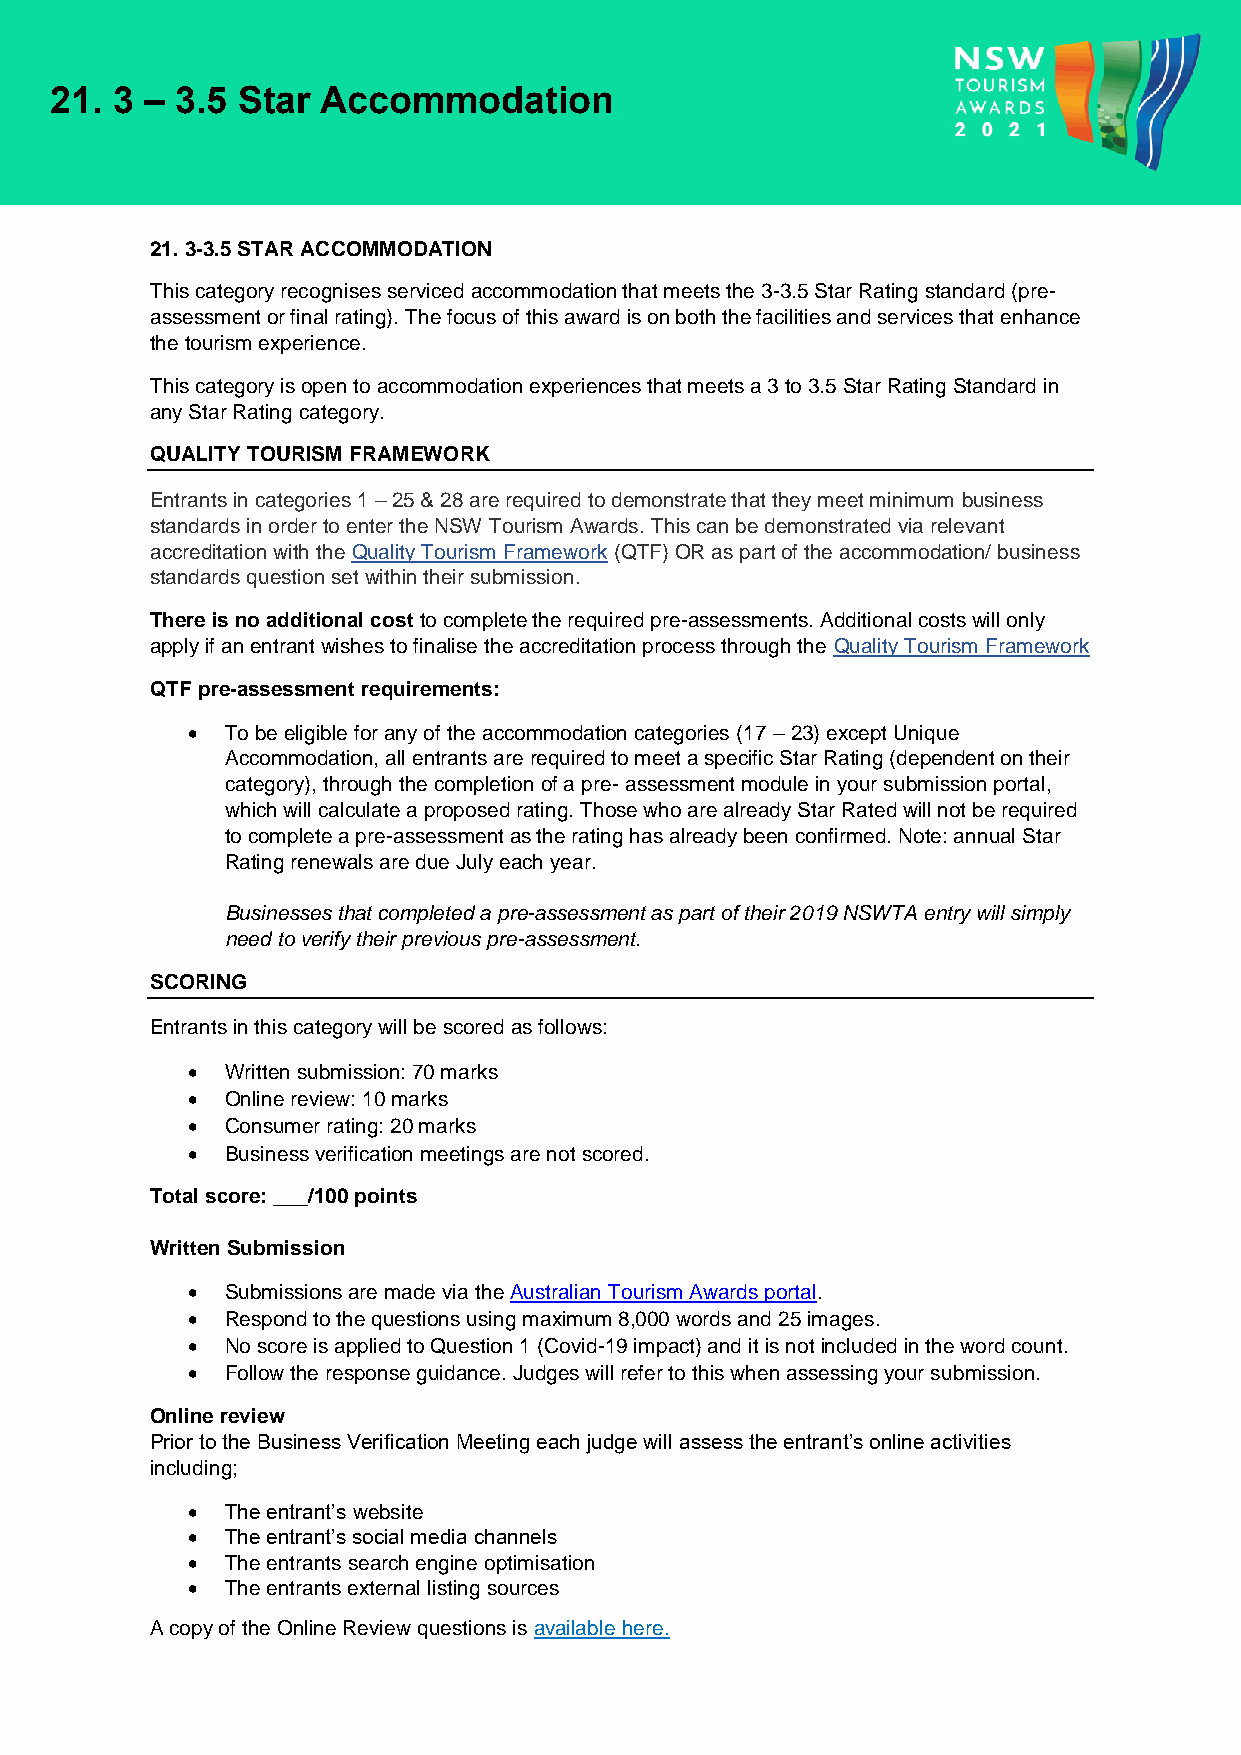
21. 3  – 3.5 Star Accommodation
 21. 3-3.5 STAR ACCOMMODATION
 This category recognises serviced accommodation that meets the 3-3.5 Star Rating standard (pre-
 assessment or final rating). The focus of this award is on both the facilities and services that enhance
 the tourism experience.
 This category is open to accommodation experiences that meets a 3 to 3.5 Star Rating Standard in
 any Star Rating category.
 QUALITY TOURISM FRAMEWORK
 Entrants in categories 1 – 25 & 28 are required to demonstrate that they meet minimum business
 standards in order to enter the NSW Tourism Awards. This can be demonstrated via relevant
 accreditation with the Quality Tourism Framework (QTF) OR as part of the accommodation/ business
 standards question set within their submission.
 There is no additional cost to complete the required pre-assessments. Additional costs will only
 apply if an entrant wishes to finalise the accreditation process through the Quality Tourism Framework
 QTF pre-assessment requirements:
 •  To be eligible for any of the accommodation categories (17 – 23) except Unique
 Accommodation, all entrants are required to meet a specific Star Rating (dependent on their
 category), through the completion of a pre- assessment module in your submission portal,
 which will calculate a proposed rating. Those who are already Star Rated will not be required
 to complete a pre-assessment as the rating has already been confirmed. Note: annual Star
 Rating renewals are due July each year.
 Businesses that completed a pre-assessment as part of their 2019 NSWTA entry will simply
 need to verify their previous pre-assessment.
 SCORING
 Entrants in this category will be scored as follows:
 •  Written submission: 70 marks
 •  Online review: 10 marks
 •  Consumer rating: 20 marks
 •  Business verification meetings are not scored.
 Total score: ___/100 points
 Written Submission
 •  Submissions are made via the Australian Tourism Awards portal.
 •  Respond to the questions using maximum 8,000 words and 25 images.
 •  No score is applied to Question 1 (Covid-19 impact) and it is not included in the word count.
 •  Follow the response guidance. Judges will refer to this when assessing your submission.
 Online review
 Prior to the Business Verification Meeting each judge will assess the entrant’s online activities
 including;
 •  The entrant’s website
 •  The entrant’s social media channels
 •  The entrants search engine optimisation
 •  The entrants external listing sources
 A copy of the Online Review questions is available here.